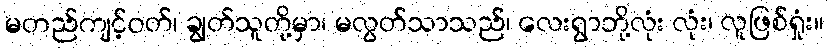
မတည်ကျင့်ဝတ်၊ ချွတ်သူတို့မှာ၊ မလွတ်သာသည်၊ လေးရွာဘို့လုံး လုံး၊ လူဖြစ်ရှုံး။